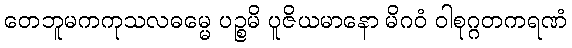
တေဘူမကကုသလဓမ္မေ ပဉ္စမိ ပူဇိယမာနော မိဂဝံ ဝါစုဂ္ဂတကရဏံ